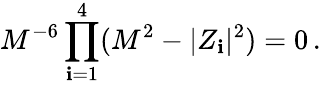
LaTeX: M^{-6}\prod_{\mathbf{i}=1}^{4}(M^{2}-|Z_{\mathbf{i}}|^{2})=0\, .